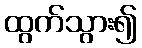
ထွက်သွား၍